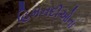
હિમનદીઓના